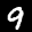
Label: 9